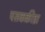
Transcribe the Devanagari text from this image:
पसकक्रीडा